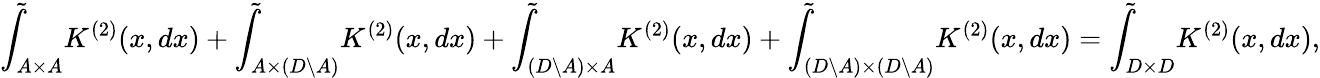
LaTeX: \tilde{\int}_{A\times A}K^{(2)}(x,dx)+\tilde{\int}_{A\times(D\setminus A)}K^{(2)}(x,dx)+\tilde{\int}_{(D\setminus A)\times A}K^{(2)}(x,dx)+\tilde{\int}_{(D\setminus A)\times(D\setminus A)}K^{(2)}(x,dx)=\tilde{\int}_{D\times D}K^{(2)}(x,dx),